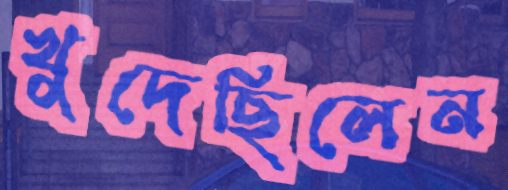
খুদেছিলেন